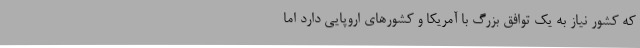
که کشور نیاز به یک توافق بزرگ با آمریکا و کشورهای اروپایی دارد اما